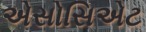
એસોસિએટ